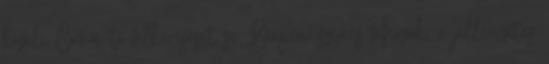
közeli Comói-tó felkeresését se Bergen: színes faházak, a jellegzetes